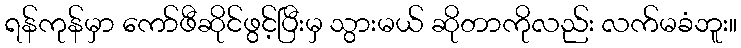
ရန်ကုန်မှာ ကော်ဖီဆိုင်ဖွင့်ပြီးမှ သွားမယ် ဆိုတာကိုလည်း လက်မခံဘူး။